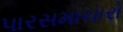
પારસમાચારો